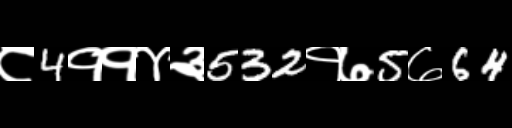
Text: ८4११४३532१७5७64